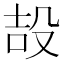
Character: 𭮪